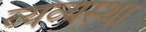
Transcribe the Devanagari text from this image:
व्यव्यस्था